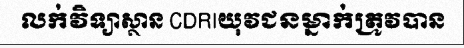
លក់វិទ្យាស្ថាន CDRIយុវជនម្នាក់ត្រូវបាន